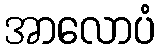
အာလောပံ